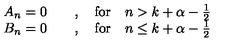
\begin{array} { c } { A _ { n } = 0 \qquad , \quad \mathrm { f o r } \quad n > k + \alpha - \frac { 1 } { 2 } } \\ { B _ { n } = 0 \qquad , \quad \mathrm { f o r } \quad n \leq k + \alpha - \frac { 1 } { 2 } } \\ \end{array}